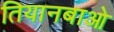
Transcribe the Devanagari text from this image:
तियानबाओ